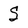
Character: S